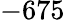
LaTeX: -675